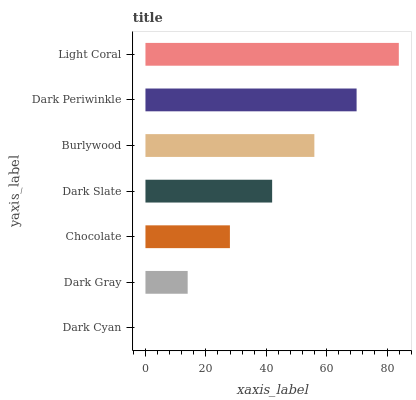
| yaxis_label | bars |
 | --- | --- |
 | Dark Cyan | 0 |
 | Dark Gray | 14 |
 | Chocolate | 28 |
 | Dark Slate | 41.9 |
 | Burlywood | 55.9 |
 | Dark Periwinkle | 69.9 |
 | Light Coral | 83.9 |